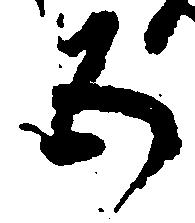
五